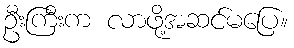
ဦးကြီးက လာဖို့အဆင်မပြေ။